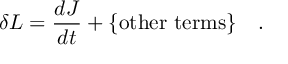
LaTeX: \delta L = \frac { d J } { d t } + \mathrm { \{ o t h e r ~ t e r m s \} } \quad .